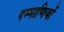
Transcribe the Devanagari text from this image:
दम्माणियों